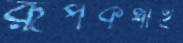
রূপকথাই